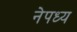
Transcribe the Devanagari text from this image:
नेपध्य